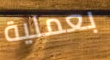
بعملية